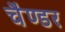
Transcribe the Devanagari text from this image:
चैण्डर